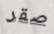
صقر